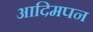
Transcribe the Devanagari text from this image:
आदिमपन